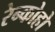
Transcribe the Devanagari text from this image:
रेन्कोहो